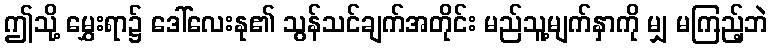
ဤသို့ မွှေးရာ၌ ဒေါ်လေးနု၏ သွန်သင်ချက်အတိုင်း မည်သူ့မျက်နှာကို မျှ မကြည့်ဘဲ